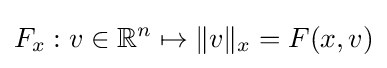
F_{x}:v\in \mathbb {R} ^{n}\mapsto \|v\|_{x}=F(x,v)